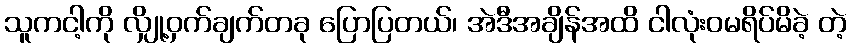
သူကငါ့ကို လျှို့ဝှက်ချက်တခု ပြောပြတယ်၊ အဲဒီအချိန်အထိ ငါလုံးဝမရိပ်မိခဲ့ တဲ့